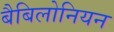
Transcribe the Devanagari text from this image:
बैबिलोनियन